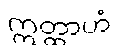
ဣတ္ထာဟံ